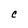
Character: C